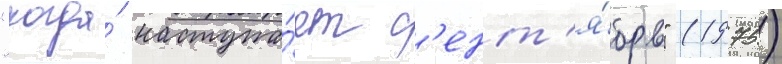
"когда́ наступа́ет с'ент'я́брь" (1975)